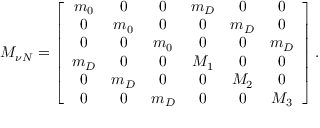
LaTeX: { \cal M } _ { \nu N } = \left[ \begin{array} { c c c c c c } { { m _ { 0 } } } & { { 0 } } & { { 0 } } & { { m _ { D } } } & { { 0 } } & { { 0 } } \\ { { 0 } } & { { m _ { 0 } } } & { { 0 } } & { { 0 } } & { { m _ { D } } } & { { 0 } } \\ { { 0 } } & { { 0 } } & { { m _ { 0 } } } & { { 0 } } & { { 0 } } & { { m _ { D } } } \\ { { m _ { D } } } & { { 0 } } & { { 0 } } & { { M _ { 1 } } } & { { 0 } } & { { 0 } } \\ { { 0 } } & { { m _ { D } } } & { { 0 } } & { { 0 } } & { { M _ { 2 } } } & { { 0 } } \\ { { 0 } } & { { 0 } } & { { m _ { D } } } & { { 0 } } & { { 0 } } & { { M _ { 3 } } } \end{array} \right] .